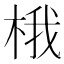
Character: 𪲘